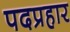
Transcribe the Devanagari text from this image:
पदप्रहार